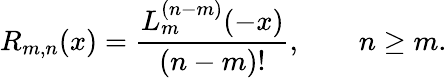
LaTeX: R_{m,n}(x)=\frac{L_{m}^{(n-m)}(-x)}{(n-m)!},\qquad n\ge m.